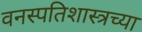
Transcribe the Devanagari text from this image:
वनस्पतिशास्त्रच्या